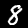
Label: 8